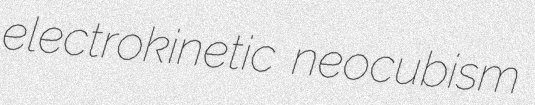
electrokinetic neocubism